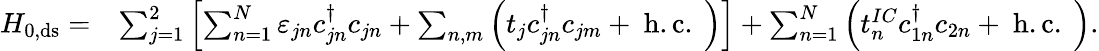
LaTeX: \begin{array}{rl}{H_{0,\mathrm{ds}}=}&{\sum_{j=1}^{2}\left[\sum_{n=1}^{N}\varepsilon_{jn}c_{jn}^{\dagger}c_{jn}+\sum_{n,m}\left(t_{j}c_{jn}^{\dagger}c_{jm}+\mathrm{~h.c.~}\right)\right]+\sum_{n=1}^{N}\left(t_{n}^{IC}c_{1n}^{\dagger}c_{2n}+\mathrm{~h.c.~}\right).}\end{array}